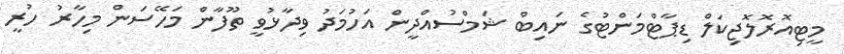
މީޓިއޮރޮލޮޖިކަލް ޑިޕާޓްމަންޓުގެ ނައިބް ޝަމްސުއްދީން އަހުމަދު ވިދާޅުވީ ތޫފާން މަހޭސަން މިހާރު ހުރީ